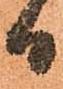
日